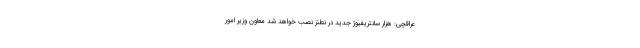
عراقچی: هزار سانتریفیوژ جدید در نطنز نصب خواهد شد معاون وزیر امور